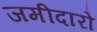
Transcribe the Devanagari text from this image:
जमीदारो